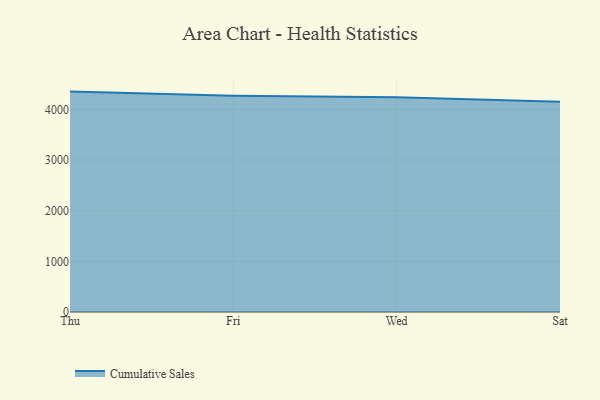
{"axis": {"x": "Day", "y": "Bounce Rate (%)"}, "legend": ["Cumulative Sales"], "data": [{"x": "Thu", "y": 4350.9, "type": "Cumulative Sales"}, {"x": "Fri", "y": 4269.7, "type": "Cumulative Sales"}, {"x": "Wed", "y": 4241.5, "type": "Cumulative Sales"}, {"x": "Sat", "y": 4151.3, "type": "Cumulative Sales"}]}